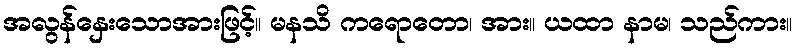
အလွန်နှေးသောအားဖြင့်။ မနသိ ကရောတော၊ အား။ ယထာ နာမ၊ သည်ကား။